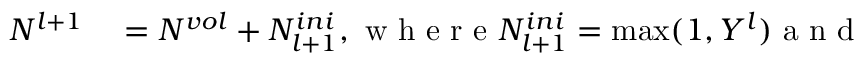
\begin{array} { r l } { N ^ { l + 1 } } & { { } = N ^ { v o l } + N _ { l + 1 } ^ { i n i } , \mathrm { ~ w ~ h ~ e ~ r ~ e ~ } N _ { l + 1 } ^ { i n i } = \operatorname* { m a x } ( 1 , Y ^ { l } ) \mathrm { ~ a ~ n ~ d ~ } } \end{array}